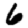
Digit: 6